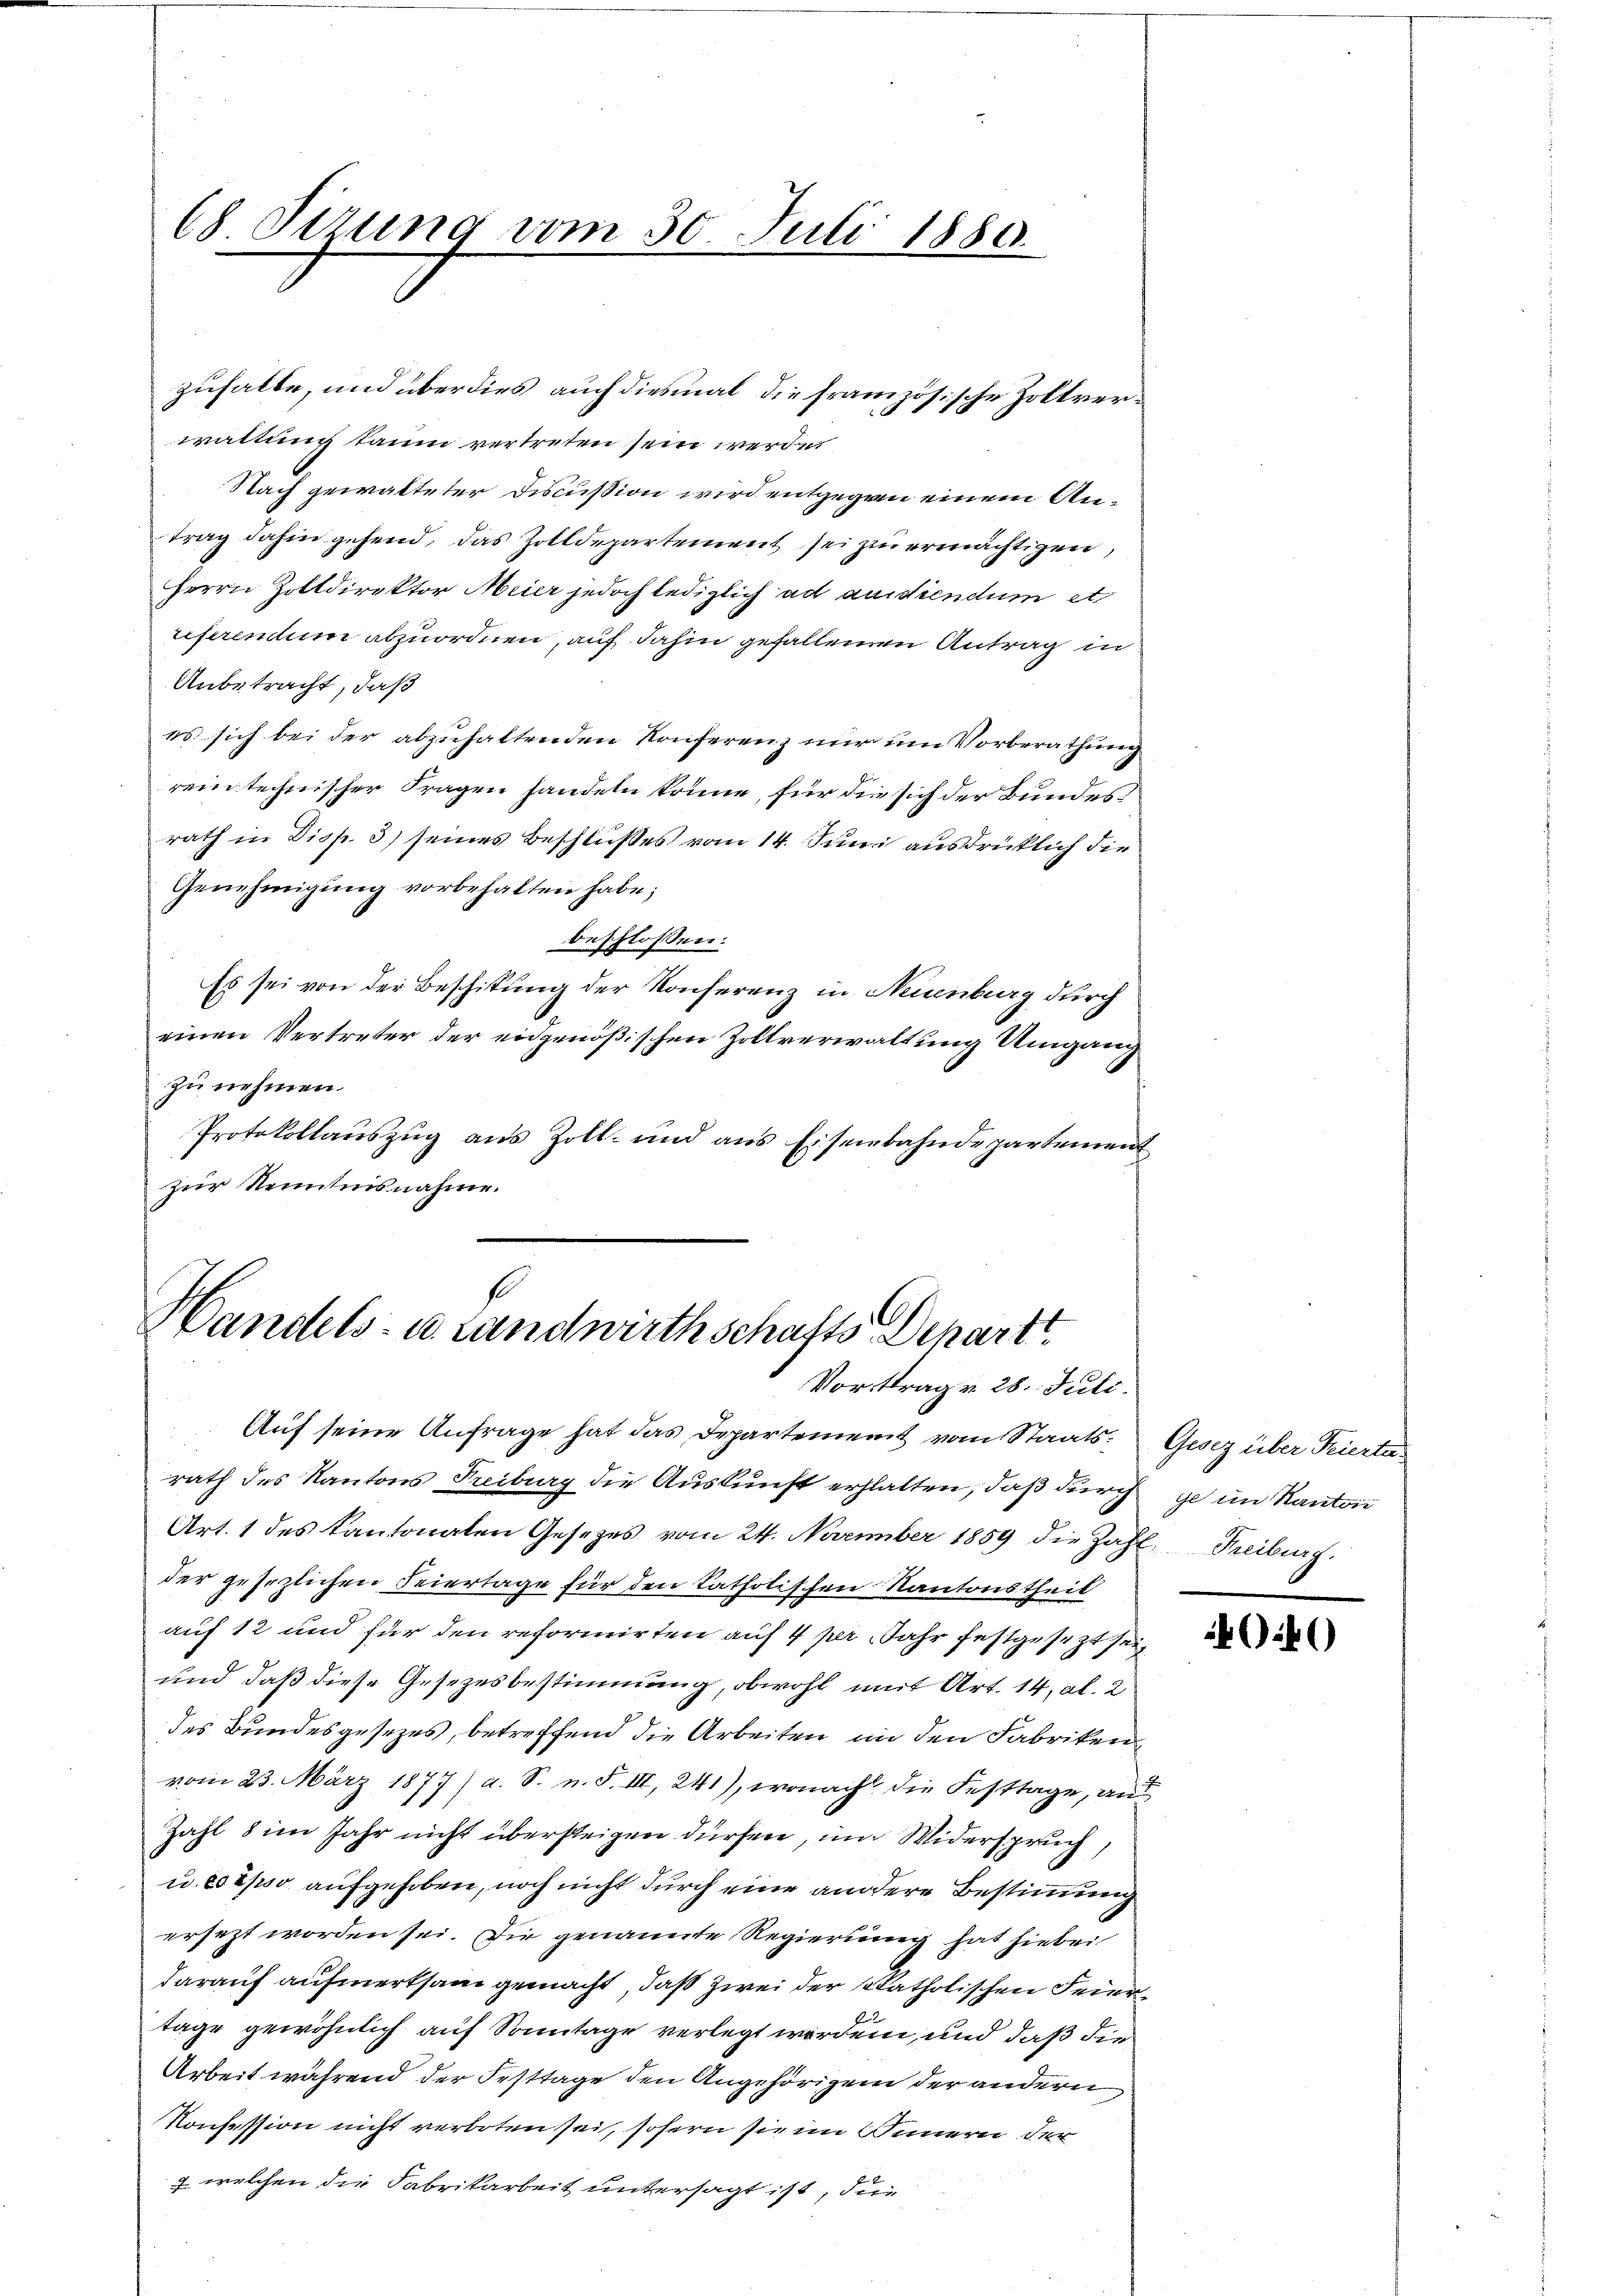
68 Sizung vom 30. Juli 1880.

waltung kaum vertreten sein werden
Nach gewalteter Discußion wird entgegen einem Antrag dahin gehend, das Zolldepartement sei zu ermächtigen,
Herrn Zolldirektor Meier jedoch lediglich ad ausdiendum et
referendum abzuordnen, auf dahin gefallenen Antrag in
Anbetracht, daß
es sich bei der abzuhaltenden Konferenz nur um Vorberathung
rein technischer Fragen handeln könne, für die sich der Bundesrath in Disp. 3) seines Beschlußes vom 14. Juni ausdrücklich die
Genehmigung vorbehalten habe;
beschlossen:
Es sei von der Beschitung der Konferenz in Neuenburg durch
einen Vertreter der eidgenößischen Zollverwaltung Umgang
zu nehmen.
Protokollauszug aus Zoll- und aus Eisenbahndepartement
zur Kenntnisnahme.

zuhalte, und überdies auch diesmal die französische Zoltver¬

Auf seine Anfrage hat das Departement vom Staats- Gesez über Feierta-
rath des Kantons Freiburg die Auskunft erhalten, daß durch je im Kanton
Art. 1 des Kantonalen Gesetzes vom 24. November 1859 die Zahl Freiburg.
der gesezlichen Feiertage für den katholischen Kantonstheil
auf 12 und für den reformirten auf 4 pr. Jahr festgesezt sei
und daß diese Gesetzesbestimmung, obwohl mit Art. 14, Al. 2
des Bundesgesetzes, betreffend die Arbeiten in den Fabriken
vom 23. März 1877) a. S. n. F. III, 241), wonach die Festtage, aus
Zahl 8 im Jahr nicht übersteigen dürfen, um Widerspruch,
u. 802/30 aufgehoben, noch nicht durch eine andere Bestimmung
ersezt worden sei. Die genannte Regierung hat hiebei
darauf aufmerksam gemacht, daß zwei der statholischen Feiertage gewöhnlich auf Sonntage verlegt worden, und daß die
Arbeit während der Festtage den Angehörigen der andern
Konsession nicht verboten sei, sofern sie im Innern der
+ welchen die Fabrikarbeit untersagt ist, die

se
Handels- u. Landwirthschafts Depart
Vortrag 28. Juli.

44)